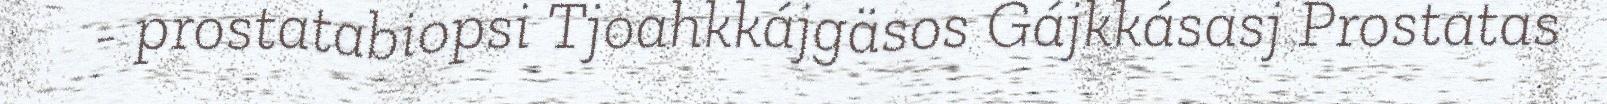
- prostatabiopsi Tjoahkkájgäsos Gájkkásasj Prostatas